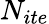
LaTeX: N_{ite}